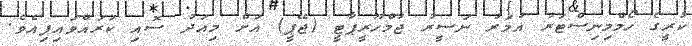
ކުރީގެ ހޯމްމިނިސްޓަރު އުމަރު ނަސީރު ޖުމްހޫރީޕާޓީ (ޖޭޕީ) އަށް މިއަދު ސޮއި ކުރައްވައިފިއެވެ.